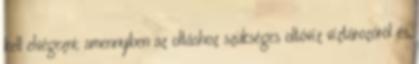
kell elvégezni; amennyiben az oltáshoz szükséges oltóvíz víztározóról és